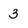
Character: 3